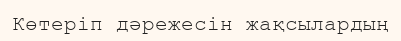
Көтеріп дәрежесін жақсылардың